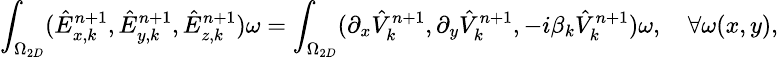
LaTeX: \small\int_{\Omega_{2D}}(\hat{E}_{x,k}^{n+1},\hat{E}_{y,k}^{n+1},\hat{E}_{z,k}^{n+1})\omega=\int_{\Omega_{2D}}(\partial_{x}\hat{V}_{k}^{n+1},\partial_{y}\hat{V}_{k}^{n+1},-i\beta_{k}\hat{V}_{k}^{n+1})\omega,\quad\forall\omega(x,y),